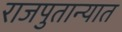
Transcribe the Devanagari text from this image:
राजपुतान्यात